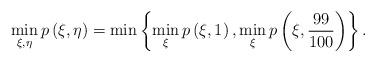
LaTeX: \begin{align*}\min_{\xi, \eta} p\left(\xi, \eta\right) = \min\left\{\min_{\xi}p\left(\xi, 1\right), \min_{\xi}p\left(\xi, \frac{99}{100}\right)\right\}. \end{align*}